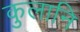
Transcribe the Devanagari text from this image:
कुलानि